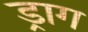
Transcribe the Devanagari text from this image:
ड्राग